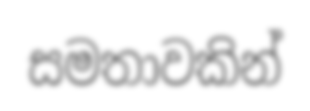
සමතාවකින්